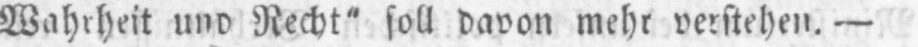
Wahrheit und Recht” soll davon mehr verstehen. -